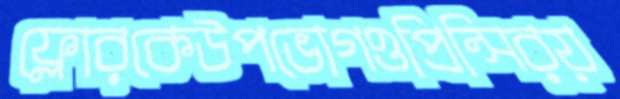
ফ্লোরকেউপভোগওপ্রিন্সিরয়